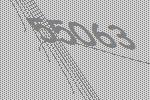
55063